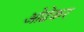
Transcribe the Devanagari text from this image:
ओढेकर